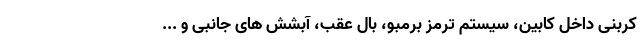
کربنی داخل کابین، سیستم ترمز برمبو، بال عقب، آبشش های جانبی و ...